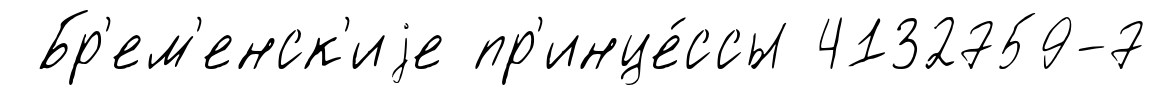
Бр'ем'енск'иjе пр'инце́ссы 4132759-7